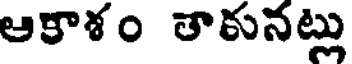
ఆకాశం తాకునట్లు